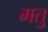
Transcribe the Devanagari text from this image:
मतु